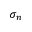
\sigma _ { n }